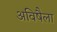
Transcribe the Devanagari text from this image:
अविषैला